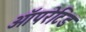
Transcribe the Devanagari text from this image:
ऑपरेटिड